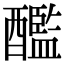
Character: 𨣨